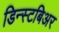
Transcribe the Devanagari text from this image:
डिन्स्टबिअर